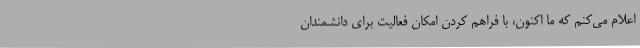
اعلام می‌کنم که ما اکنون، با فراهم کردن امکان فعالیت برای دانشمندان